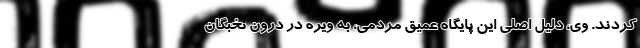
کردند. وی، دلیل اصلی این پایگاه عمیق مردمی، به ویژه در درون نخبگان